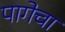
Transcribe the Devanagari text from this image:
पागेचा